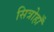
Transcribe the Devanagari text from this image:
सित्रोहाँ